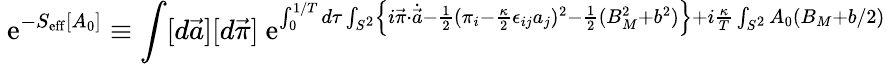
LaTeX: \mathrm{~e}^{-S_{\mathrm{eff}}[A_{0}]}\equiv\int[d\vec{a}][d\vec{\pi}]\mathrm{~e}^{\int_{0}^{1/T}d\tau\int_{S^{2}}\left\{ i\vec{\pi}\cdot\dot{\vec{a}}-\frac{1}{2}(\pi_{i}-\frac{\kappa}{2}\epsilon_{ij}a_{j})^{2}-\frac{1}{2}(B_{M}^{2}+b^{2})\right\} +i\frac{\kappa}{T}\int_{S^{2}}A_{0}\left(B_{M}+b/2\right)}